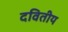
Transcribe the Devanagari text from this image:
दवितीय